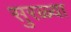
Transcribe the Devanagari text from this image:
सुरळ्या